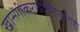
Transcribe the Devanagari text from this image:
खासगीकरणाविरोधातही